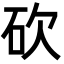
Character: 砍